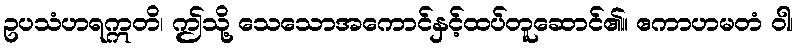
ဥပသံဟရဣတိ၊ ဤသို့ သေသောအကောင်နှင့်ထပ်တူဆောင်၏။ ဧကာဟမတံ ဝါ၊